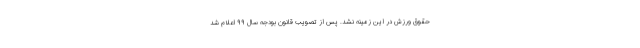
حقوق ورزش در این زمینه نشد. پس از تصویب قانون بودجه سال ۹۹ اعلام شد